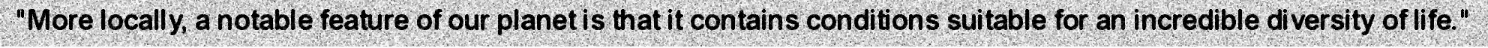
"More locally, a notable feature of our planet is that it contains conditions suitable for an incredible diversity of life."